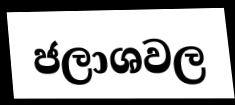
ජලාශවල